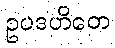
ဥပဒဟိတေ